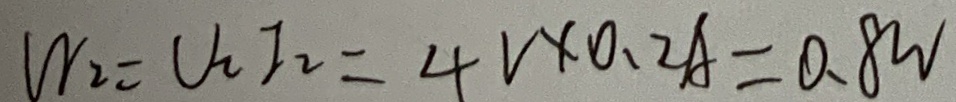
w _ { 2 } = U _ { 2 } I _ { 2 } = 4 V \times 0 . 2 A = 0 . 8 W